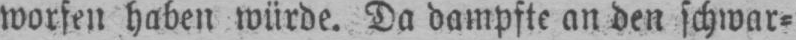
worfen haben würde. Da dampfte an den schwar⸗